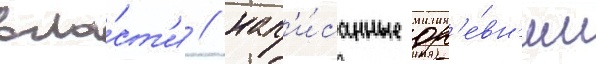
вла́ст'и / нап'и́санные др'е́вн'им